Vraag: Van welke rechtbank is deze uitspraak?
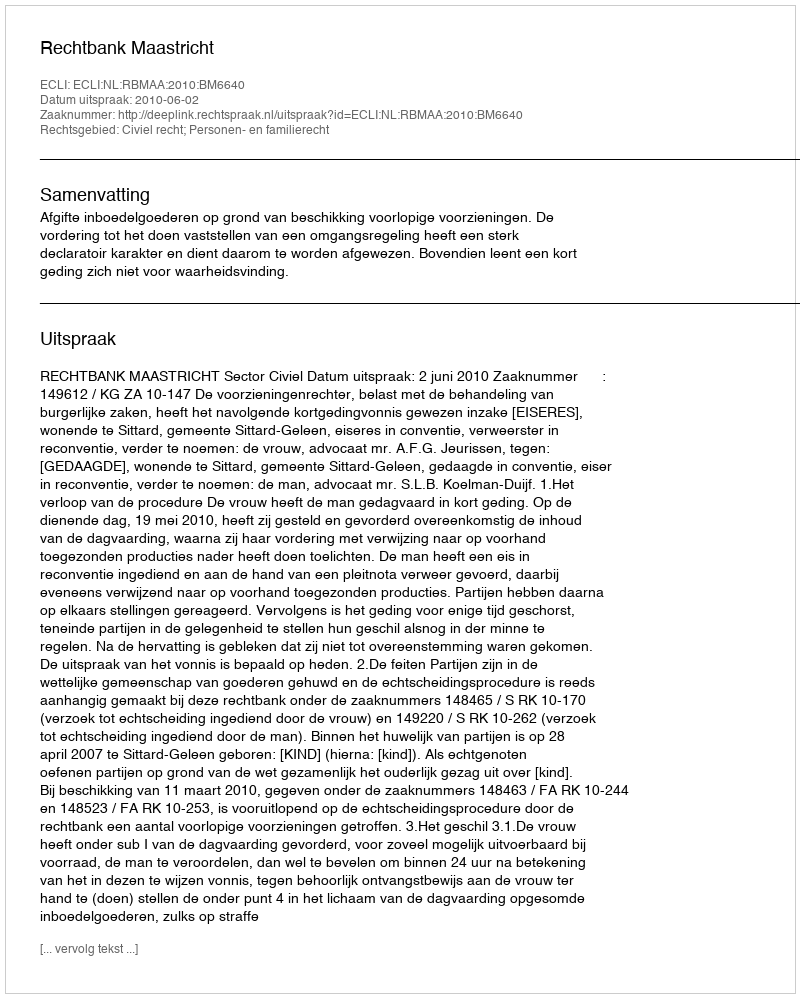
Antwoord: Rechtbank Maastricht